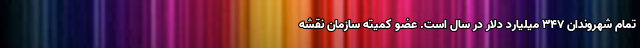
تمام شهروندان ۳۴۷ میلیارد دلار در سال است. عضو کمیته سازمان نقشه